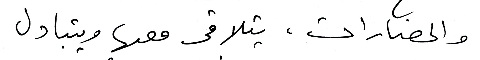
والحضارات، يتلاقى معها ويتبادل